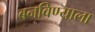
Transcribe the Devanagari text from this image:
बनविण्याला